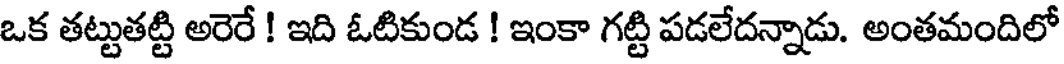
ఒక తట్టుతట్టి అరెరే ! ఇది ఓటికుండ ! ఇంకా గట్టి పడలేదన్నాడు. అంతమందిలో